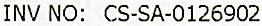
INV NO: CS-SA-0126902